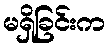
မရှိခြင်းက